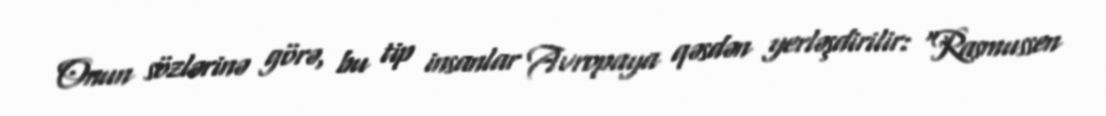
Onun sözlərinə görə, bu tip insanlar Avropaya qəsdən yerləşdirilir: “Rasmussen